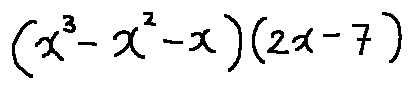
( x ^ { 3 } - x ^ { 2 } - x ) ( 2 x - 7 )